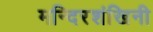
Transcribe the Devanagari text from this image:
मन्दिरशंखिनी